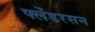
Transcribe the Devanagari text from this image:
फ्लेंडरसन